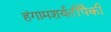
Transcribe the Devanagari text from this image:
हंगामशर्यतींपैकी